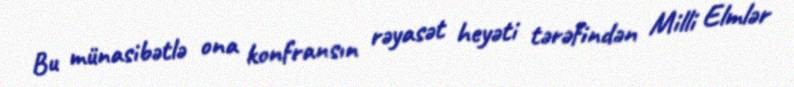
Bu münasibətlə ona konfransın rəyasət heyəti tərəfindən Milli Elmlər